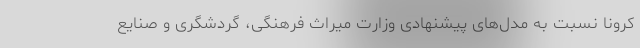
کرونا نسبت به مدل‌های پیشنهادی وزارت میراث فرهنگی، گردشگری و صنایع